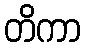
တိကာ